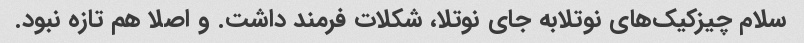
سلام چیزکیک‌های نوتلابه جای نوتلا، شکلات فرمند داشت. و اصلا هم تازه نبود.